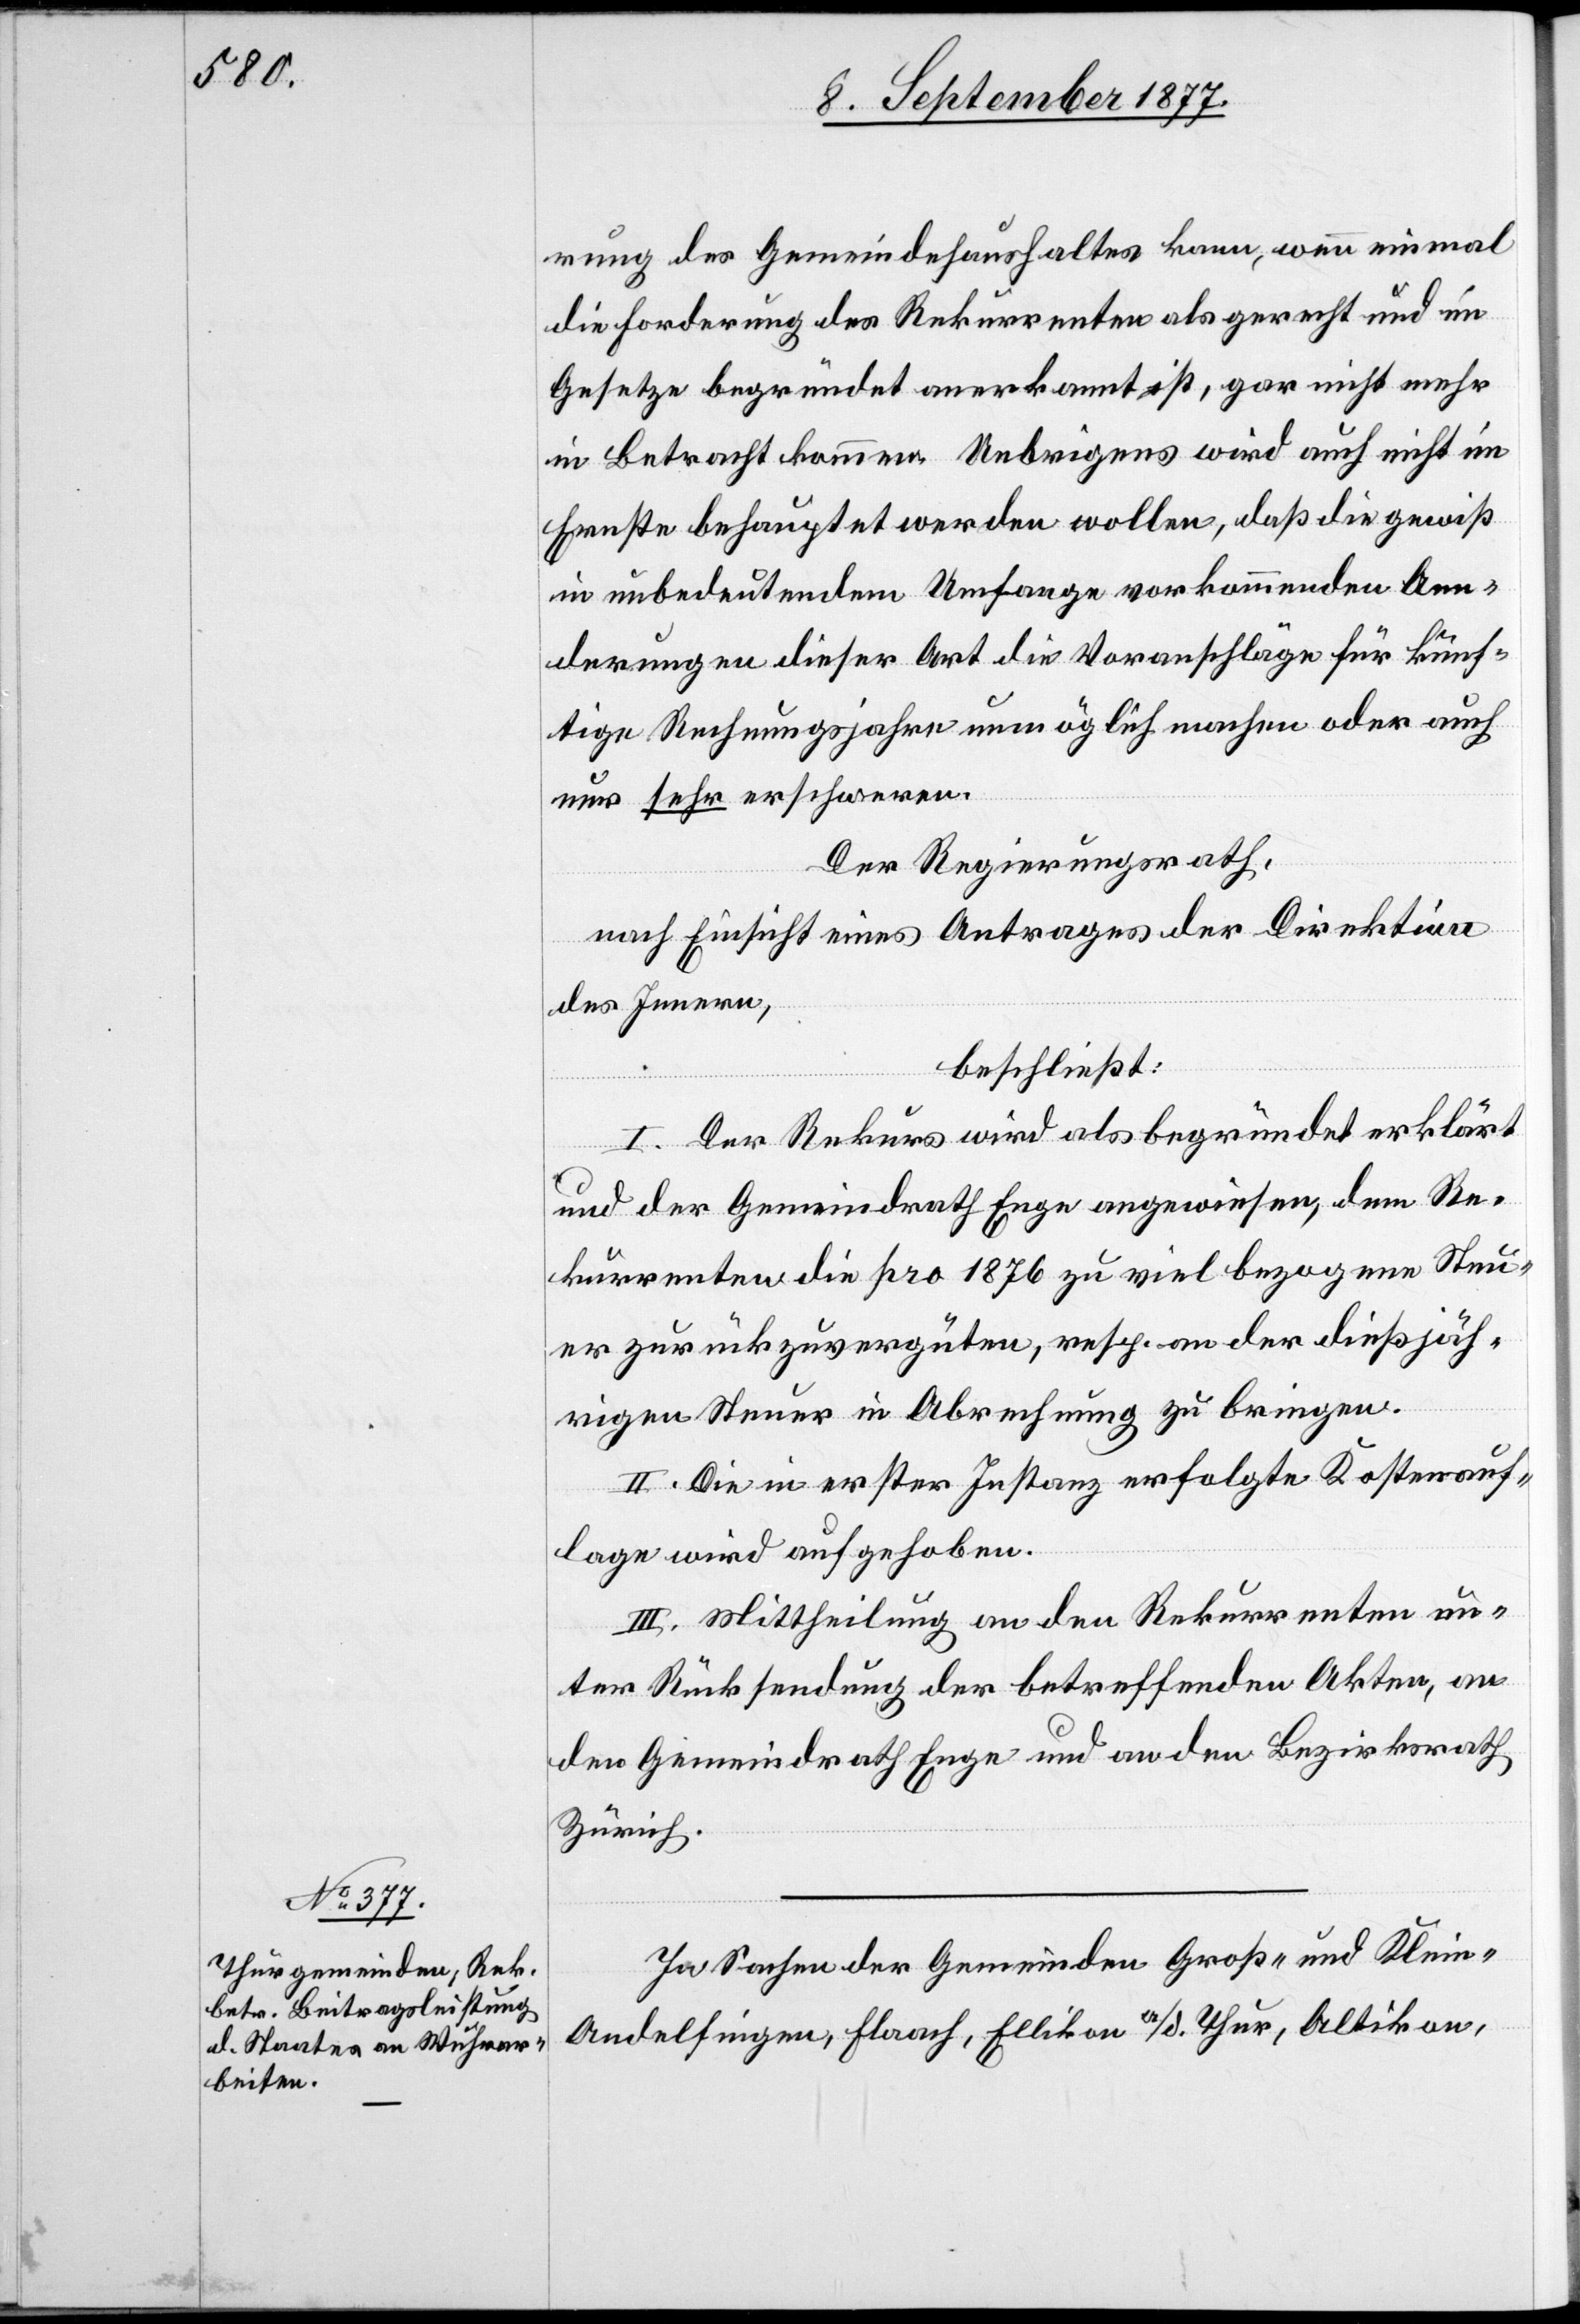
rung des Gemeindehaushaltes kann, wenn einmal
die Forderung des Rekurrenten als gerecht und im
Gesetze begründet anerkannt ist, gar nicht mehr
in Betracht kommen. Uebrigens wird auch nicht im
Ernste behauptet werden wollen, daß die gewiß
in unbedeutendem Umfange vorkommenden Aen¬
derungen dieser Art die Voranschläge für künf¬
tige Rechnungsjahre unmöglich machen oder auch
nur sehr erschweren.
Der Regierungsrath,
nach Einsicht eines Antrages der Direktion
des Innern,
beschließt:
I. Der Rekurs wird als begründet erklärt
und der Gemeindrath Enge angewiesen, dem Re¬
kurrenten die pro 1876 zu viel bezogene Steu¬
er zurückzuvergüten, resp. an der dießjäh¬
rigen Steuer in Abrechnung zu bringen.
II. Die in erster Instanz erfolgte Kostenauf¬
lage wird aufgehoben.
III. Mittheilung an den Rekurrenten un¬
ter Rücksendung der betreffenden Akten, an
den Gemeindrath Enge und an den Bezirksrath
Zürich.
In Sachen der Gemeinden Groß- und Klei¬
n-Andelfingen, Flaach, Ellikon a/d. Thur, Altikon,